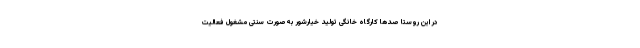
در این روستا صدها کارگاه خانگی تولید خیارشور به‌صورت سنتی مشغول فعالیت